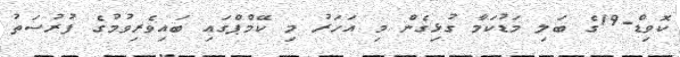
ކޮވިޑް-19ގެ ބަލި މަޑުކަމާ ގުޅިގެން މި އަހަރު މި ކޭމްޕްގައި ބައިވެރިވުމުގެ ފުރުސަތު